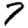
Digit: 7